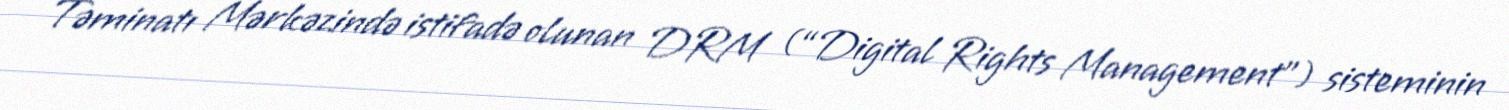
Təminatı Mərkəzində istifadə olunan DRM (“Digital Rights Management”) sisteminin